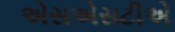
એસએસટીએ